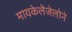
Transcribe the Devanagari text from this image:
मायकेलेंजेलोने